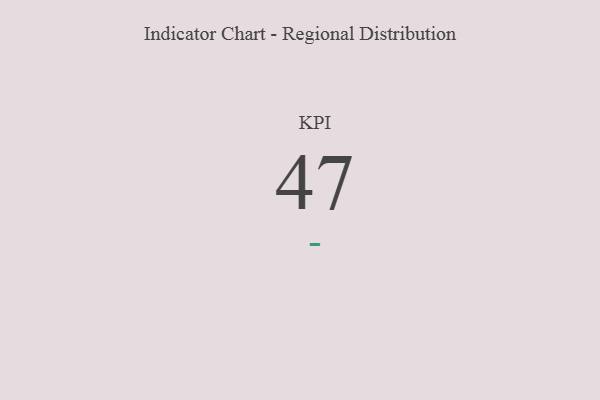
{"axis": {"x": "KPI", "y": "Value"}, "legend": [""], "data": [{"x": "KPI", "y": 47, "type": ""}]}